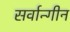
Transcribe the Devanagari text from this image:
सर्वान्गीन